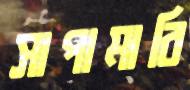
সাপামারি